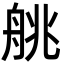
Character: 䑬